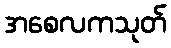
အစေလကသုတ်